Report of the Bombay Veterinary College
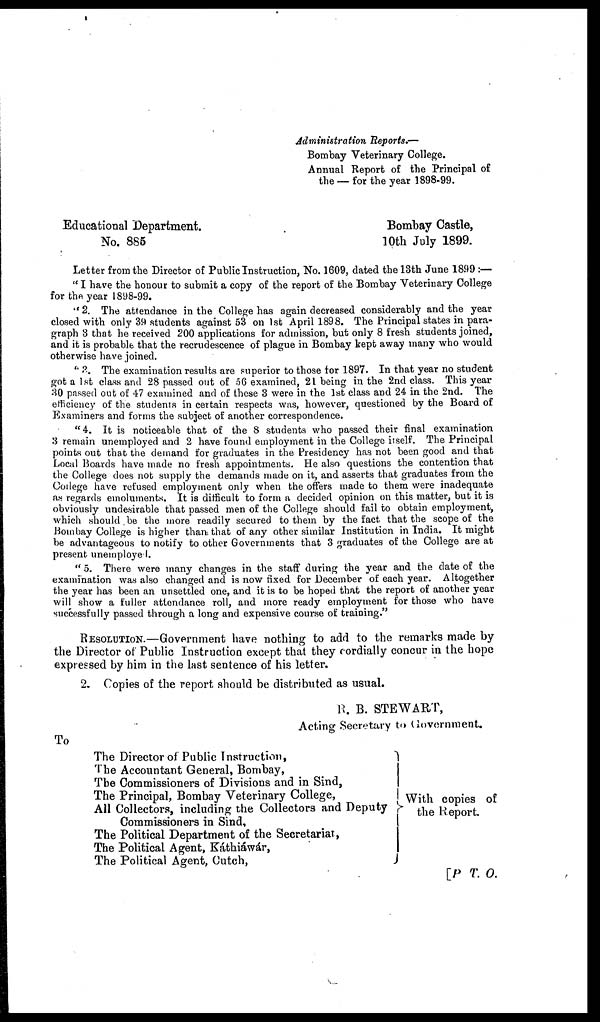
Administration Reports.—
Bombay Veterinary College.
Annual Report of the Principal of
the — for the year 1898-99.
Educational Department.
Bombay Castle,
No. 885
10th July 1899.
Letter from the Director of Public Instruction, No. 1609, dated the 13th June 1899 :—
"I have the honour to submit a copy of the report of the Bombay Veterinary College
for the year 1898-99.
"2. The attendance in the College has again decreased considerably and the year
closed with only 39 students against 53 on 1st April 1898. The Principal states in para-
graph 3 that he received 200 applications for admission, but only 8 fresh students joined,
and it is probable that the recrudescence of plague in Bombay kept away many who would
otherwise have joined.
"3. The examination results are superior to those for 1897. In that year no student
got a 1st class and 28 passed out of 56 examined, 21 being in the 2nd class. This year
30 passed out of 47 examined and of these 3 were in the 1st class and 24 in the 2nd. The
efficiency of the students in certain respects was, however, questioned by the Board of
Examiners and forms the subject of another correspondence.
"4. It is noticeable that of the 8 students who passed their final examination
3 remain unemployed and 2 have found employment in the College itself. The Principal
points out that the demand for graduates in the Presidency has not been good and that
Local Boards have made no fresh appointments. He also questions the contention that
the College does not supply the demands made on it, and asserts that graduates from the
College have refused employment only when the offers made to them were inadequate
as regards emoluments. It is difficult to form a decided opinion on this matter, but it is
obviously undesirable that passed men of the College should fail to obtain employment,
which should be the more readily secured to them by the fact that the scope of the
Bombay College is higher than that of any other similar Institution in India. It might
be advantageous to notify to other Governments that 3 graduates of the College are at
present unemployed.
"5. There were many changes in the staff during the year and the date of the
examination was also changed and is now fixed for December of each year. Altogether
the year has been an unsettled one, and it is to be hoped that the report of another year
will show a fuller attendance roll, and more ready employment for those who have
successfully passed through a long and expensive course of training."
RESOLUTION.—Government have nothing to add to the remarks made by
the Director of Public Instruction except that they cordially concur in the hope
expressed by him in the last sentence of his letter.
2. Copies of the report should be distributed as usual.
R. B. STEWART,
Acting Secretary to Government.
To
The Director of Public Instruction,
The Accountant General, Bombay,
The Commissioners of Divisions and in Sind,
The Principal, Bombay Veterinary College,
All Collectors, including the Collectors and Deputy
Commissioners in Sind,
The Political Department of the Secretariat,
The Political Agent, Káthiáwár,
The Political Agent, Cutch,
}With copies of
the Report.
[P T. O.